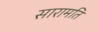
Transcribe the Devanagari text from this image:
सारामति